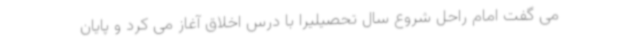
می گفت امام راحل شروع سال تحصیلیرا با درس اخلاق آغاز می کرد و پایان